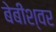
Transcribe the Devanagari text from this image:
बेबीश्वर